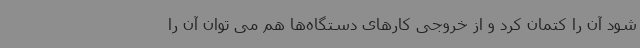
شود آن را کتمان کرد و از خروجی کارهای دستگاه‌ها هم می توان آن را